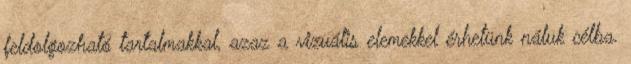
feldolgozható tartalmakkal, azaz a vizuális elemekkel érhetünk náluk célba.